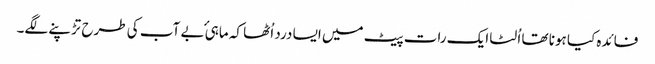
فائدہ کیا ہونا تھا اُلٹا ایک رات پیٹ میں ایسا درد اُٹھا کہ ماہیٔ بے آب کی طرح تڑپنے لگے۔